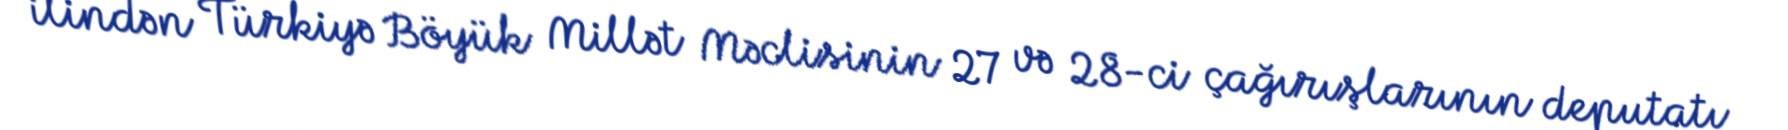
ilindən Türkiyə Böyük Millət Məclisinin 27 və 28-ci çağırışlarının deputatı